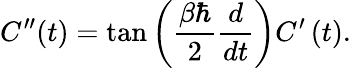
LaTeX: C^{\prime\prime}(t)=\tan\left(\frac{\beta\hbar}{2}\frac{d}{dt}\right)C^{\prime}\left(t\right).